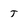
Character: j